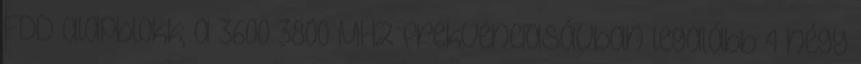
FDD alapblokk; a 3600–3800 MHz frekvenciasávban legalább 4 négy